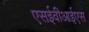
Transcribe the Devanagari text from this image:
एसईवीआईएस